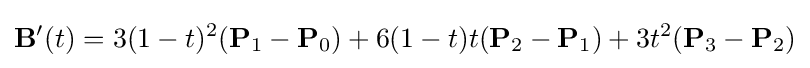
\mathbf {B} '(t)=3(1-t)^{2}(\mathbf {P} _{1}-\mathbf {P} _{0})+6(1-t)t(\mathbf {P} _{2}-\mathbf {P} _{1})+3t^{2}(\mathbf {P} _{3}-\mathbf {P} _{2})